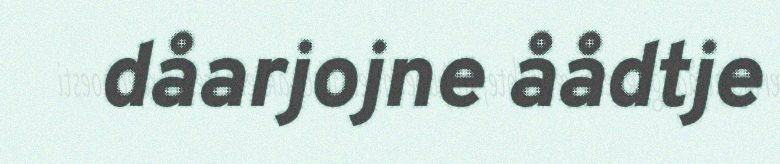
dåarjojne åådtje